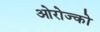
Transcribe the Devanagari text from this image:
ओरोज्को